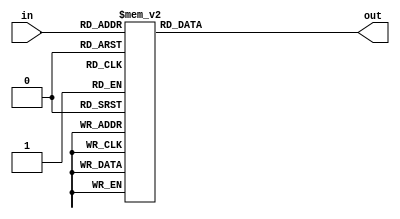
`timescale 1ns / 1ps
//////////////////////////////////////////////////////////////////////////////////
// Company: 
// Engineer: 
// 
// Design Name: 
// Module Name:    add3 
// Project Name: 
// Target Devices: 
// Tool versions: 
// Description: 
//
// Dependencies: 
//
// Revision: 
// Revision 0.01 - File Created
// Additional Comments: 
//
//////////////////////////////////////////////////////////////////////////////////
module add3(in,out);
input [3:0] in;
output [3:0] out;
reg [3:0] out;
always @ (in)
	case (in)
	4'b0000: out <= 4'b0000;
	4'b0001: out <= 4'b0001;
	4'b0010: out <= 4'b0010;
	4'b0011: out <= 4'b0011;
	4'b0100: out <= 4'b0100;
	4'b0101: out <= 4'b1000;
	4'b0110: out <= 4'b1001;
	4'b0111: out <= 4'b1010;
	4'b1000: out <= 4'b1011;
	4'b1001: out <= 4'b1100;
	default: out <= 4'b0000;
	endcase
endmodule